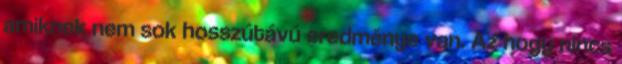
amiknek nem sok hosszútávú eredménye van. Az hogy nincs